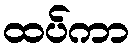
ထပ်ကာ